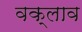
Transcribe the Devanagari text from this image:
वक्लाव